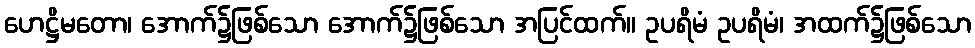
ဟေဋ္ဌိမတော၊ အောက်၌ဖြစ်သော အောက်၌ဖြစ်သော အပြင်ထက်။ ဥပရိမံ ဥပရိမံ၊ အထက်၌ဖြစ်သော